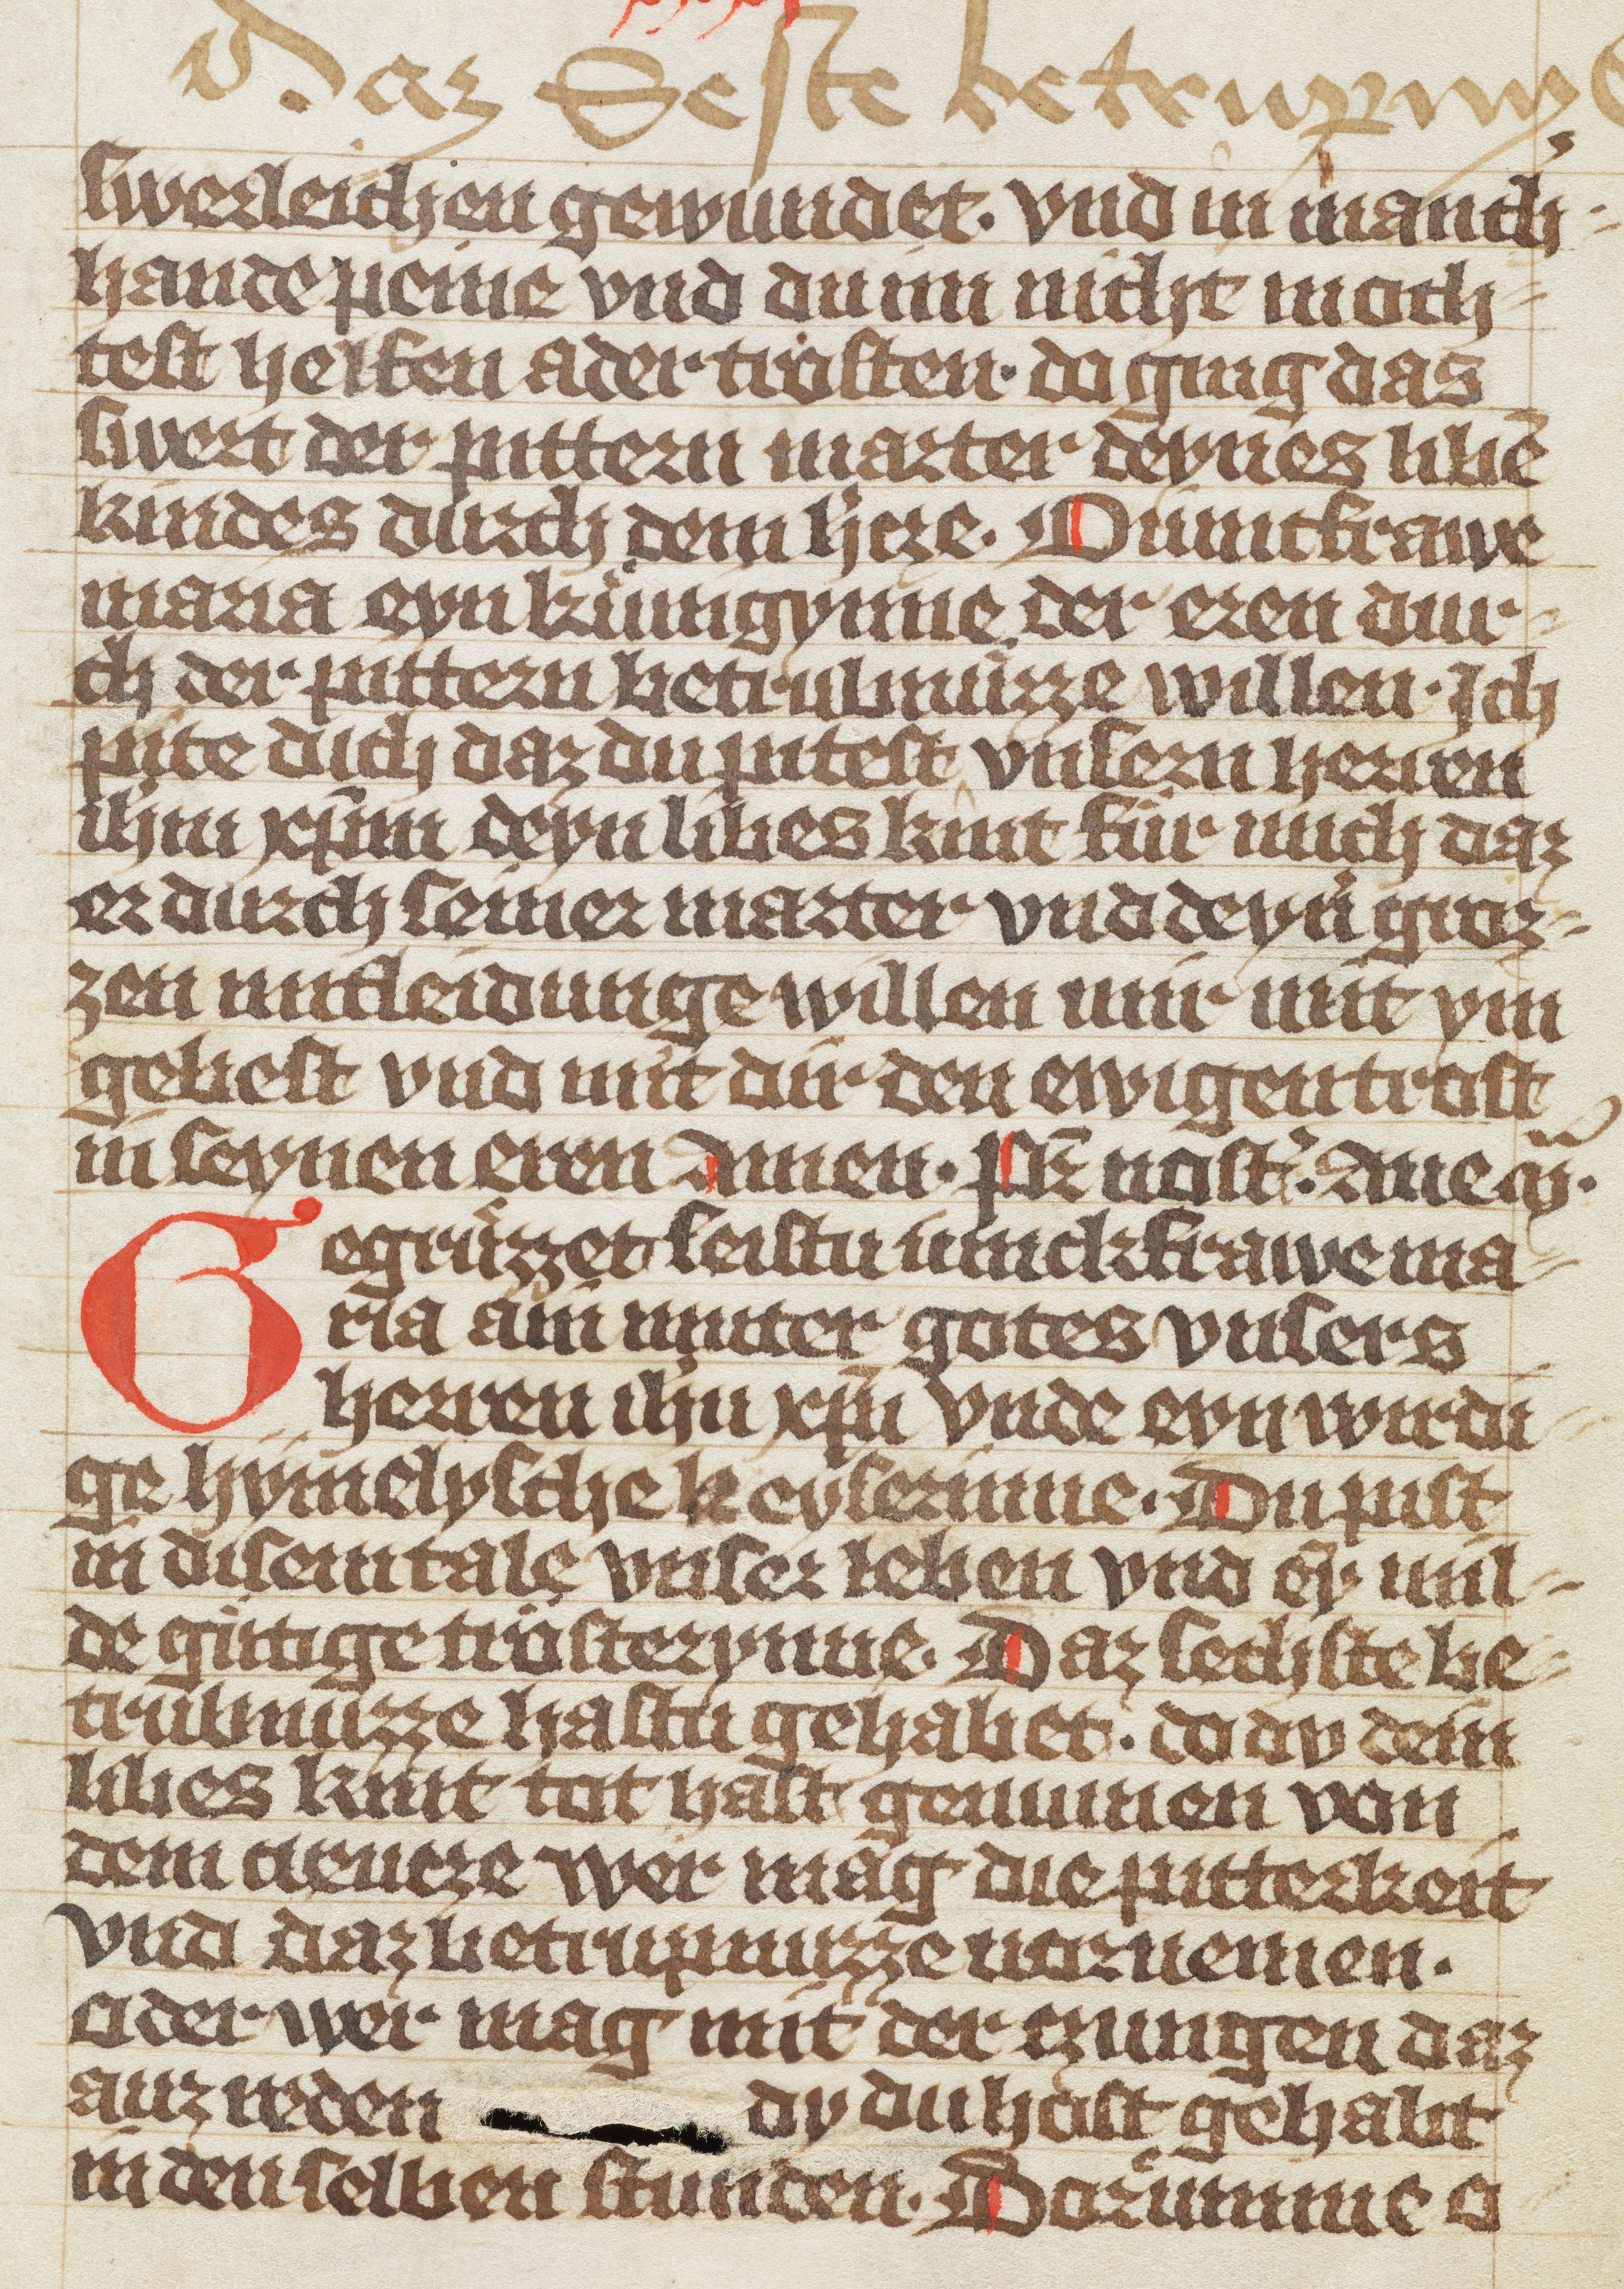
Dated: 1370–1449